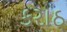
કરાઠ